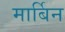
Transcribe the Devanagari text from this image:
मार्बिन